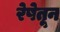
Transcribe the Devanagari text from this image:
रेषेतून